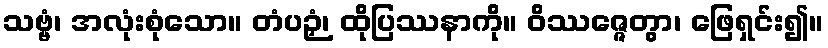
သဗ္ဗံ၊ အလုံးစုံသော။ တံပဉှံ၊ ထိုပြဿနာကို။ ဝိဿဇ္ဇေတွာ၊ ဖြေရှင်း၍။